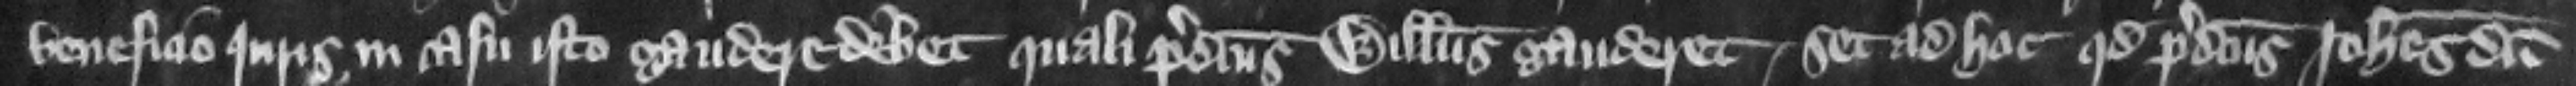
beneficio juris in casu isto gaudere debet quali predictus Willelmus gauderet. Set ad hoc quod predictus Iohannes dum